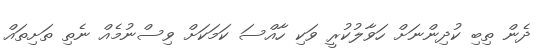
ދެން ތިބި ކުދިންނަށް ހަވާލުކުރީ ވަކި ހާއްސަ ކަމަކަށް ވިސްނުމެއް ނެތި ތަށިތައް